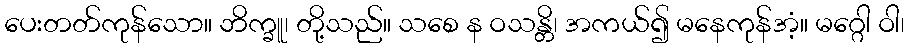
ပေးတတ်ကုန်သော။ ဘိက္ခူ၊ တို့သည်။ သစေ န ဝသန္တိ၊ အကယ်၍ မနေကုန်အံ့။ မဂ္ဂေါ ဝါ၊